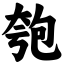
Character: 匏